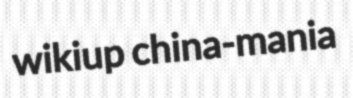
wikiup china-mania